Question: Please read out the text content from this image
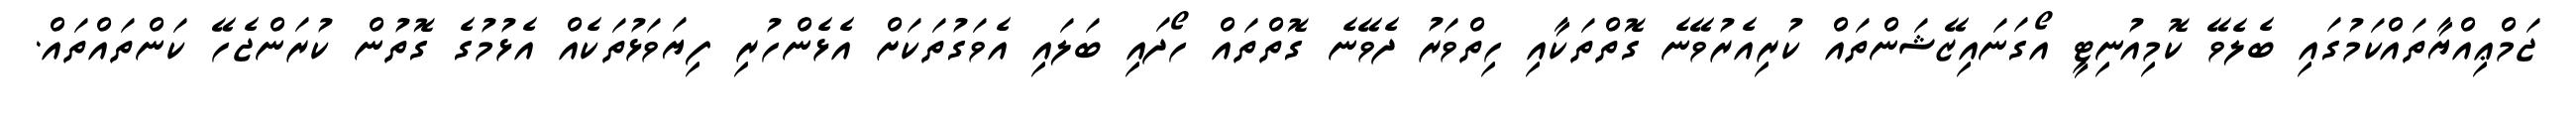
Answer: ޖަމްޢިއްޔާތައްކަމުގައި ބެލެވޭ ކޮމިއުނިޓީ އޯގަނައިޒޭޝަންތައް ކުރިއެރުވޭނެ ގޮތްތަކާއި ހިތްވަރު ދެވޭނެ ގޮތްތައް ހޯދައި ބަލައި އެވަގުތަކަށް އެޅެންހުރި ފިޔަވަޅުތަކެއް އެޅުމުގެ ގޮތުން ކުރަންޖެހޭ ކަންތައްތައް.